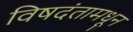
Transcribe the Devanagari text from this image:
विषदंतामधून